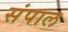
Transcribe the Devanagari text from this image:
संपाल